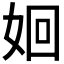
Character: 𮱃